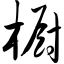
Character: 橱